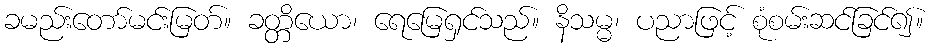
ခမည်းတော်မင်းမြတ်။ ခတ္တိယော၊ ရေမြေရှင်သည်။ နိသမ္မ၊ ပညာဖြင့် စုံစမ်းဆင်ခြင်၍။